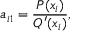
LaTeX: a _ { i 1 } = { \frac { P ( x _ { i } ) } { Q ^ { \prime } ( x _ { i } ) } } ,